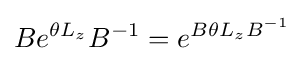
Be^{\theta L_{z}}B^{-1}=e^{B\theta L_{z}B^{-1}}